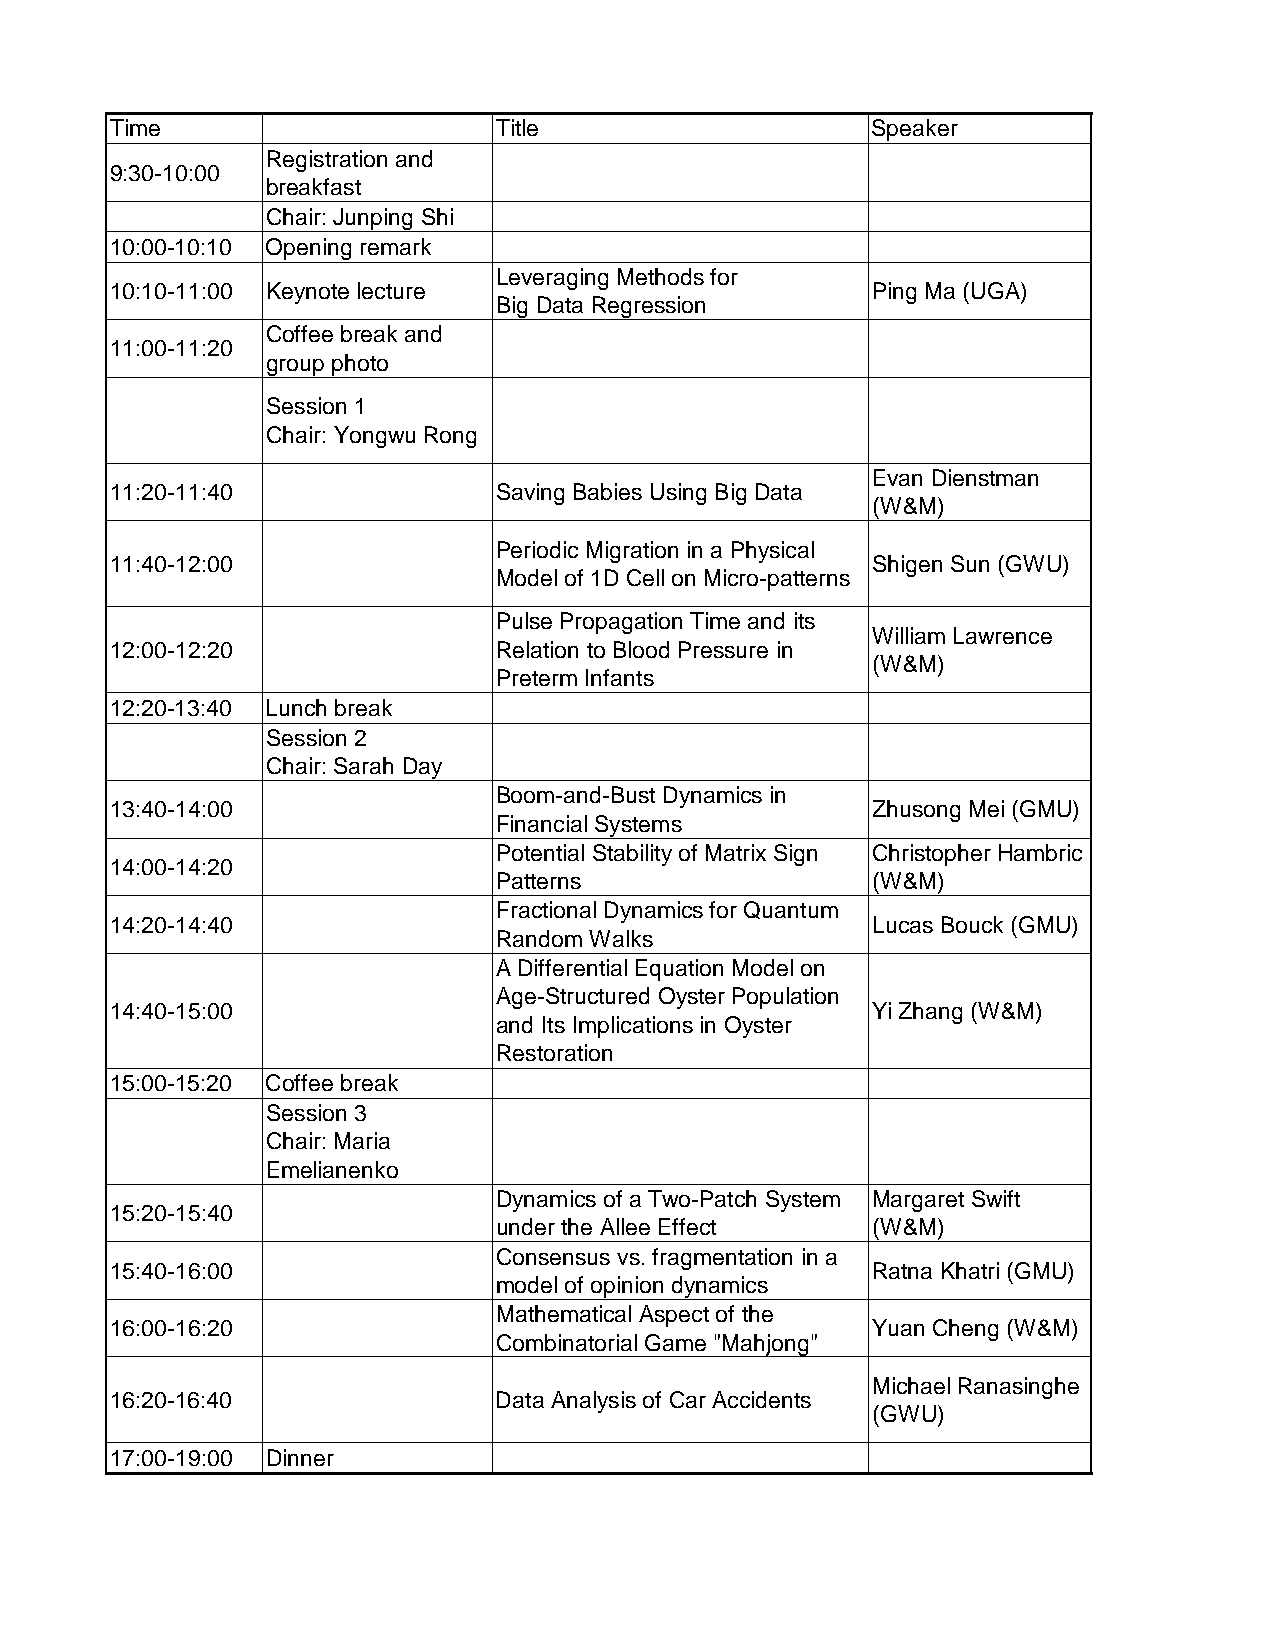
Time                      Title                    Speaker
 Registration and
 9:30-10:00
 breakfast
 Chair: Junping Shi
 10:00-10:10 Opening remark
 Leveraging Methods for
 10:10-11:00 Keynote lecture                        Ping Ma (UGA)
 Big Data Regression
 Coffee break and
 11:00-11:20
 group photo
 Session 1
 Chair: Yongwu Rong
 Evan Dienstman
 11:20-11:40               Saving Babies Using Big Data
 (W&M)
 Periodic Migration in a Physical
 11:40-12:00                                        Shigen Sun (GWU)
 Model of 1D Cell on Micro-patterns
 Pulse Propagation Time and its
 William Lawrence
 12:00-12:20               Relation to Blood Pressure in
 (W&M)
 Preterm Infants
 12:20-13:40 Lunch break
 Session 2
 Chair: Sarah Day
 Boom-and-Bust Dynamics in
 13:40-14:00                                        Zhusong Mei (GMU)
 Financial Systems
 Potential Stability of Matrix Sign Christopher Hambric
 14:00-14:20
 Patterns                 (W&M)
 Fractional Dynamics for Quantum
 14:20-14:40                                        Lucas Bouck (GMU)
 Random Walks
 A Differential Equation Model on
 Age-Structured Oyster Population
 14:40-15:00                                        Yi Zhang (W&M)
 and Its Implications in Oyster
 Restoration
 15:00-15:20 Coffee break
 Session 3
 Chair: Maria
 Emelianenko
 Dynamics of a Two-Patch System Margaret Swift
 15:20-15:40
 under the Allee Effect   (W&M)
 Consensus vs. fragmentation in a
 15:40-16:00                                        Ratna Khatri (GMU)
 model of opinion dynamics
 Mathematical Aspect of the
 16:00-16:20                                        Yuan Cheng (W&M)
 Combinatorial Game "Mahjong"
 Michael Ranasinghe
 16:20-16:40               Data Analysis of Car Accidents
 (GWU)
 17:00-19:00 Dinner